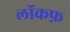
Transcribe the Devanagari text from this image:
लॉकफ़